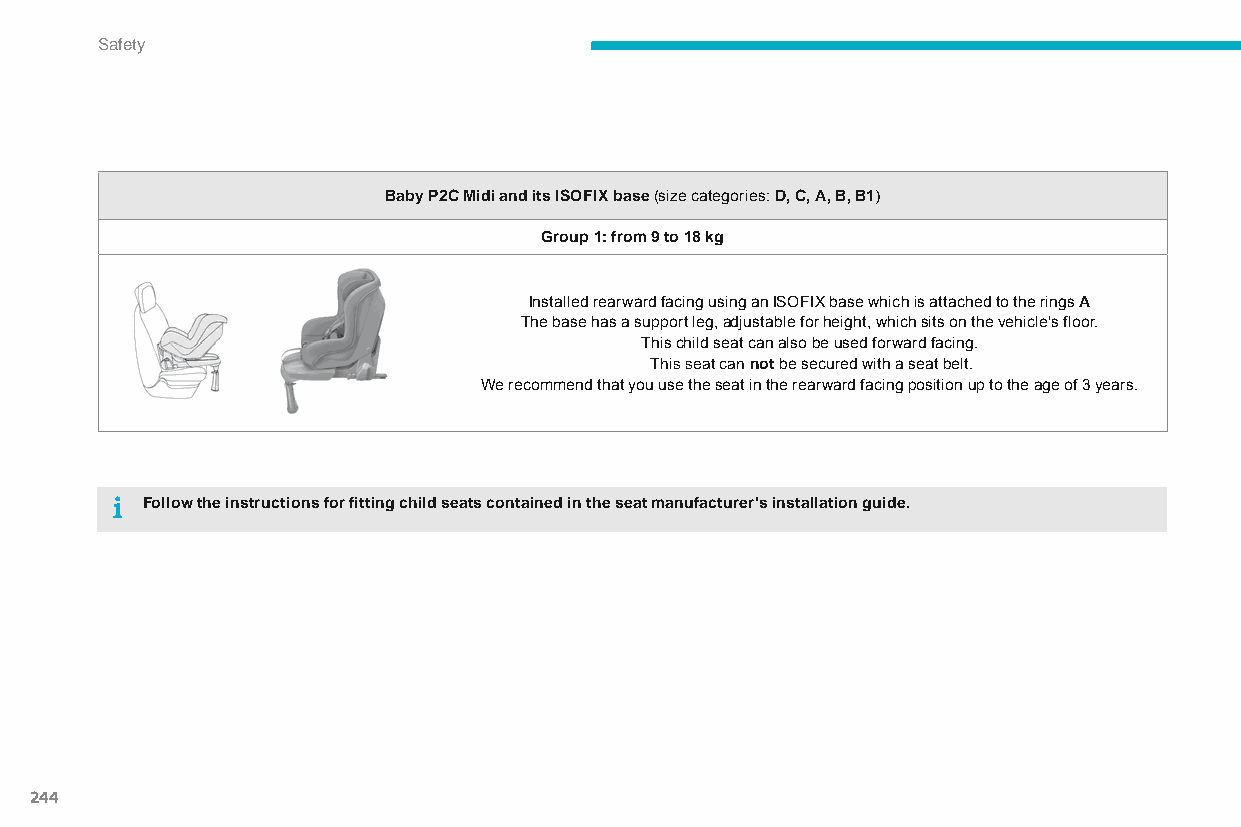
Safety
 Baby P2C Midi and its ISOFIX base (size categories: D, C, A, B, B1)
 Group 1: from 9 to 18 kg
 Installed rearward facing using an ISOFIX base which is attached to the rings A
 The base has a support leg, adjustable for height, which sits on the vehicle's floor.
 This child seat can also be used forward facing.
 This seat can not be secured with a seat belt.
 We recommend that you use the seat in the rearward facing position up to the age of 3 years.
 Follow the instructions for fitting child seats contained in the seat manufacturer's installation guide.
 244
 C4-Picasso-II_en_Chap06_securite_ed01-2015